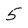
Character: 5